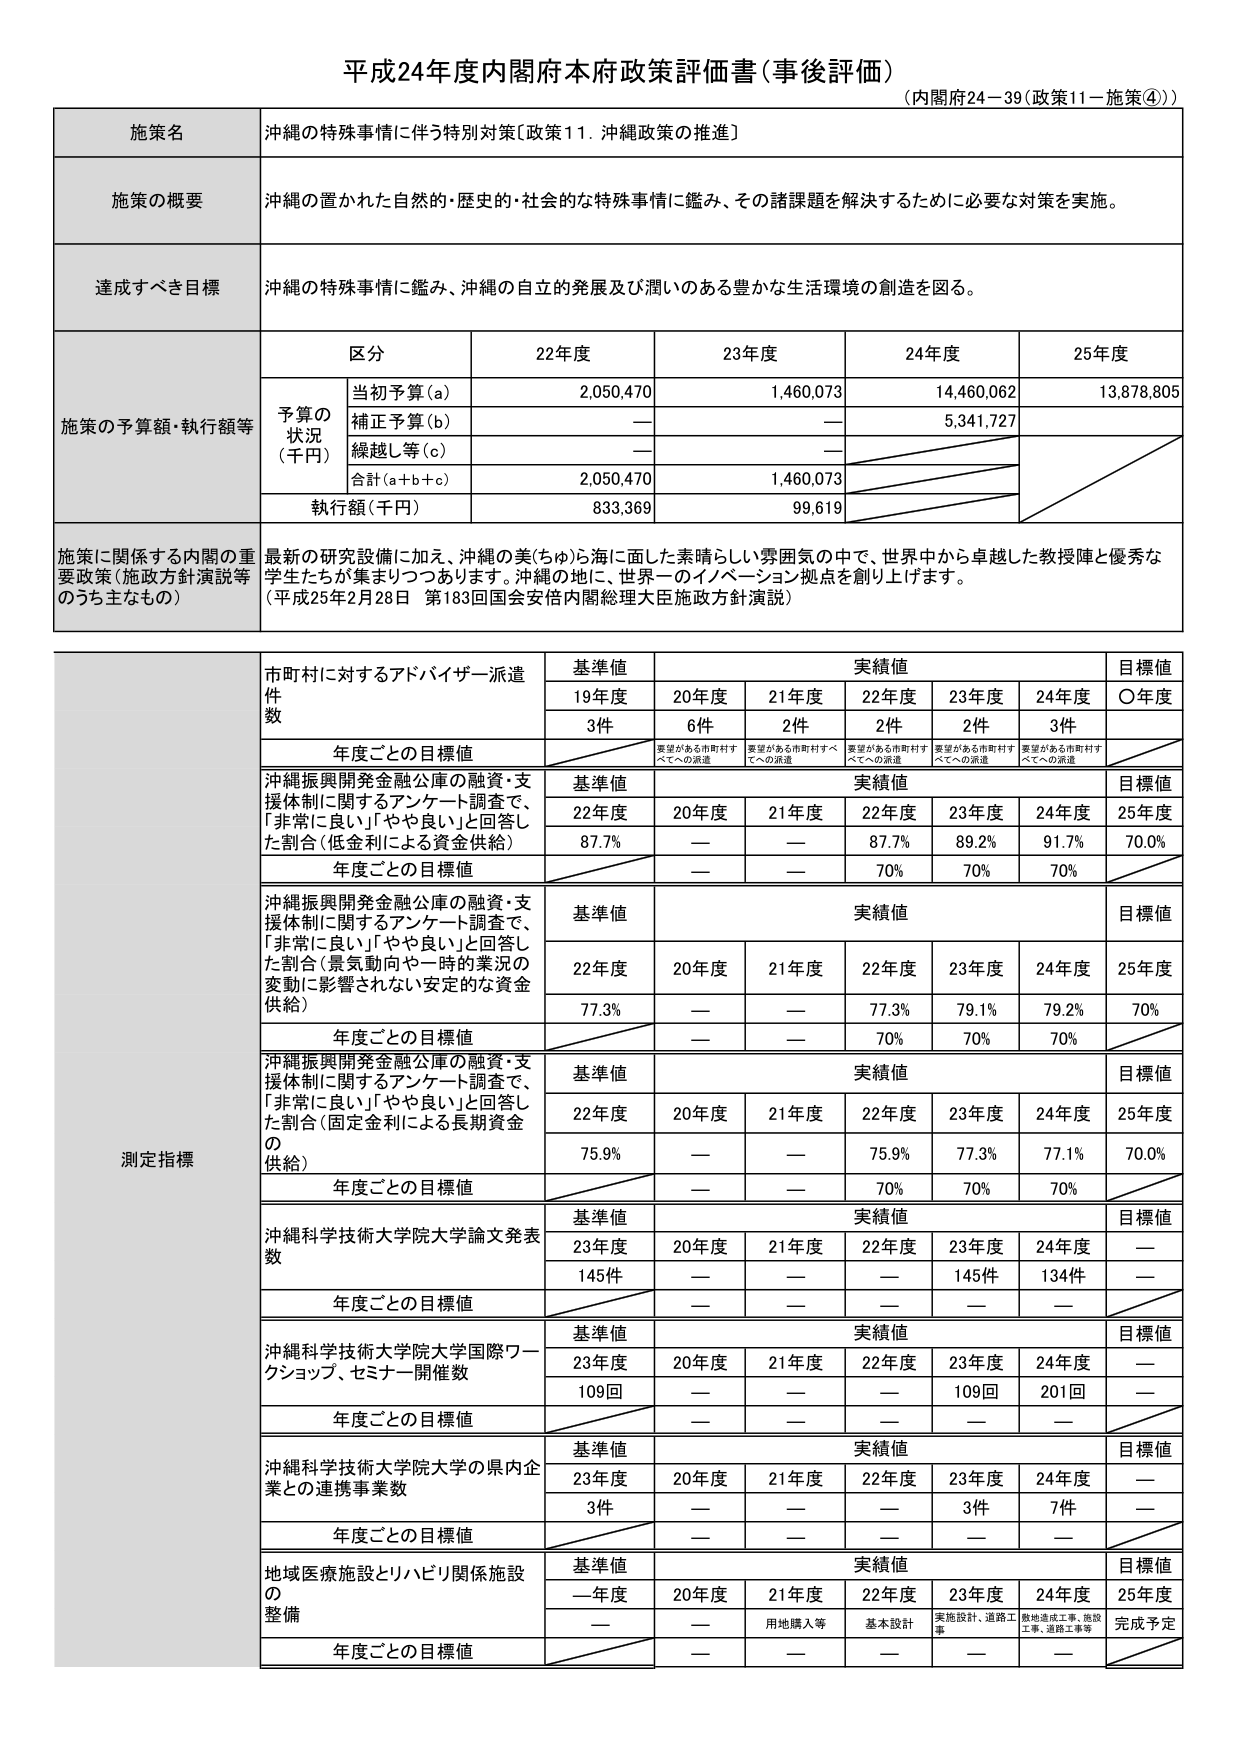
平成24年度内閣府本府政策評価書（事後評価）
（内閣府24－39（政策11－施策④））

施策名
沖縄の特殊事情に伴う特別対策〔政策11．沖縄政策の推進〕

施策の概要
沖縄の置かれた自然的・歴史的・社会的な特殊事情に鑑み、その諸課題を解決するために必要な対策を実施。

達成すべき目標
沖縄の特殊事情に鑑み、沖縄の自立的発展及び潤いのある豊かな生活環境の創造を図る。

施策の予算額・執行額等
区分 22年度 23年度 24年度 25年度
予算の状況（千円）
当初予算（a） 2,050,470 1,460,073 14,460,062 13,878,805
補正予算（b） — — 5,341,727
繰越し等（c） — —
合計（a＋b＋c） 2,050,470 1,460,073
執行額（千円） 833,369 99,619

施策に関係する内閣の重要政策（施政方針演説等のうち主なもの）
最新の研究設備に加え、沖縄の美（ちゅ）ら海に面した素晴らしい雰囲気の中で、世界中から卓越した教授陣と優秀な学生たちが集まりつつあります。沖縄の地に、世界一のイノベーション拠点を創り上げます。
（平成25年2月28日 第183回国会安倍内閣総理大臣施政方針演説）

測定指標
市町村に対するアドバイザー派遣件数
基準値 実績値 目標値
19年度 20年度 21年度 22年度 23年度 24年度 ○年度
3件 6件 2件 2件 2件 3件
年度ごとの目標値
要望がある市町村すべてへの派遣 要望がある市町村すべてへの派遣 要望がある市町村すべてへの派遣 要望がある市町村すべてへの派遣 要望がある市町村すべてへの派遣

沖縄振興開発金融公庫の融資・支援体制に関するアンケート調査で、「非常に良い」「やや良い」と回答した割合（低金利による資金供給）
基準値 実績値 目標値
22年度 20年度 21年度 22年度 23年度 24年度 25年度
87.7% — — 87.7% 89.2% 91.7% 70.0%
年度ごとの目標値 — — 70% 70% 70%

沖縄振興開発金融公庫の融資・支援体制に関するアンケート調査で、「非常に良い」「やや良い」と回答した割合（景気動向や一時的業況の変動に影響されない安定的な資金供給）
基準値 実績値 目標値
22年度 20年度 21年度 22年度 23年度 24年度 25年度
77.3% — — 77.3% 79.1% 79.2% 70%
年度ごとの目標値 — — 70% 70% 70%

沖縄振興開発金融公庫の融資・支援体制に関するアンケート調査で、「非常に良い」「やや良い」と回答した割合（固定金利による長期資金供給）
基準値 実績値 目標値
22年度 20年度 21年度 22年度 23年度 24年度 25年度
75.9% — — 75.9% 77.3% 77.1% 70.0%
年度ごとの目標値 — — 70% 70% 70%

沖縄科学技術大学院大学論文発表数
基準値 実績値 目標値
23年度 20年度 21年度 22年度 23年度 24年度 —
145件 — — — 145件 134件 —
年度ごとの目標値 — — — — — —

沖縄科学技術大学院大学国際ワークショップ、セミナー開催数
基準値 実績値 目標値
23年度 20年度 21年度 22年度 23年度 24年度 —
109回 — — — 109回 201回 —
年度ごとの目標値 — — — — — —

沖縄科学技術大学院大学の県内企業との連携事業数
基準値 実績値 目標値
23年度 20年度 21年度 22年度 23年度 24年度 —
3件 — — — 3件 7件 —
年度ごとの目標値 — — — — — —

地域医療施設とリハビリ関係施設の整備
基準値 実績値 目標値
—年度 20年度 21年度 22年度 23年度 24年度 25年度
— — 用地購入等 基本設計 実施設計、道路工事 敷地造成工事、施設工事、道路工事等 完成予定
年度ごとの目標値 — — — — — —